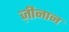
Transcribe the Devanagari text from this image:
ज़ीनान